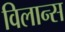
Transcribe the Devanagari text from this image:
विलान्स